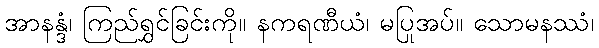
အာနန္ဒံ၊ ကြည်ရွှင်ခြင်းကို။ နကရဏီယံ၊ မပြုအပ်။ သောမနဿံ၊